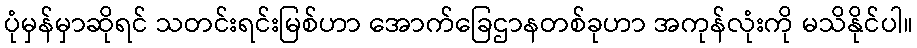
ပုံမှန်မှာဆိုရင် သတင်းရင်းမြစ်ဟာ အောက်ခြေဌာနတစ်ခုဟာ အကုန်လုံးကို မသိနိုင်ပါ။